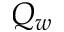
Q _ { w }